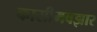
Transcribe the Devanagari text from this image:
कासीमबझार